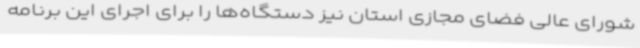
شورای عالی فضای مجازی استان نیز دستگاه‌ها را برای اجرای این برنامه